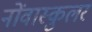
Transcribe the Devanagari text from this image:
नोंवास्कुलर